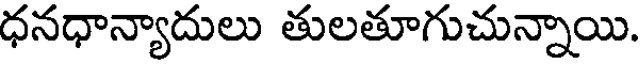
ధనధాన్యాదులు తులతూగుచున్నాయి.